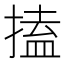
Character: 搕